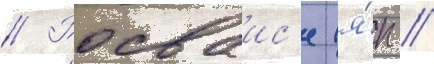
// Росваис'е (я́п //